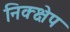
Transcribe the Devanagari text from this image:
निक्क्षेप